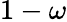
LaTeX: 1-\omega